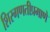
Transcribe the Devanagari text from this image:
शिरगणतीप्रमाणे